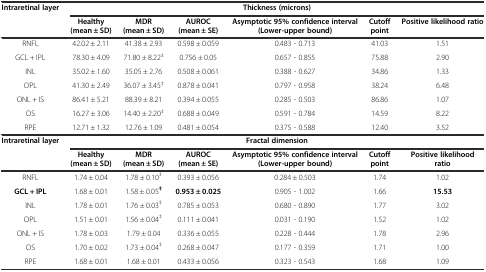
<table><thead><tr><td><b>Intraretinal layer</b></td><td colspan="6"><b>Thickness (microns)</b></td></tr><tr><td></td><td><b>Healthy (mean ± SD)</b></td><td><b>MDR (mean ± SD)</b></td><td><b>AUROC (mean ± SE)</b></td><td><b>Asymptotic 95% confidence interval (Lower-upper bound)</b></td><td><b>Cutoff point</b></td><td><b>Positive likelihood ratio</b></td></tr><tr><td><b>RNFL</b></td><td><b>42.02 ± 2.11</b></td><td><b>41.38 ± 2.93</b></td><td><b>0.598 ± 0.059</b></td><td><b>0.483 - 0.713</b></td><td><b>41.03</b></td><td><b>1.51</b></td></tr></thead><tbody><tr><td>GCL + IPL</td><td>78.30 ± 4.09</td><td>71.80 ± 8.22<sup>‡</sup></td><td>0.756 ± 0.05</td><td>0.657 - 0.855</td><td>75.88</td><td>2.90</td></tr><tr><td>INL</td><td>35.02 ± 1.60</td><td>35.05 ± 2.76</td><td>0.508 ± 0.061</td><td>0.388 - 0.627</td><td>34.86</td><td>1.33</td></tr><tr><td>OPL</td><td>41.30 ± 2.49</td><td>36.07 ± 3.45<sup>‡</sup></td><td>0.878 ± 0.041</td><td>0.797 - 0.958</td><td>38.24</td><td>6.48</td></tr><tr><td>ONL + IS</td><td>86.41 ± 5.21</td><td>88.39 ± 8.21</td><td>0.394 ± 0.055</td><td>0.285 - 0.503</td><td>86.86</td><td>1.07</td></tr><tr><td>OS</td><td>16.27 ± 3.06</td><td>14.40 ± 2.20<sup>‡</sup></td><td>0.688 ± 0.049</td><td>0.591 - 0.784</td><td>14.59</td><td>8.22</td></tr><tr><td>RPE</td><td>12.71 ± 1.32</td><td>12.76 ± 1.09</td><td>0.481 ± 0.054</td><td>0.375 - 0.588</td><td>12.40</td><td>3.52</td></tr><tr><td><b>Intraretinal layer</b></td><td colspan="6"><b>Fractal dimension</b></td></tr><tr><td></td><td><b>Healthy (mean ± SD)</b></td><td><b>MDR (mean ± SD)</b></td><td><b>AUROC (mean ± SE)</b></td><td><b>Asymptotic 95% confidence interval (Lower-upper bound)</b></td><td><b>Cutoff point</b></td><td><b>Positive likelihood ratio</b></td></tr><tr><td>RNFL</td><td>1.74 ± 0.04</td><td>1.78 ± 0.10<sup>‡</sup></td><td>0.393 ± 0.056</td><td>0.284 ± 0.503</td><td>1.74</td><td>1.02</td></tr><tr><td><b>GCL + IPL</b></td><td>1.68 ± 0.01</td><td>1.58 ± 0.05<sup><b>‡</b></sup></td><td><b>0.953 ± 0.025</b></td><td>0.905 - 1.002</td><td>1.66</td><td><b>15.53</b></td></tr><tr><td>INL</td><td>1.78 ± 0.01</td><td>1.76 ± 0.03<sup>‡</sup></td><td>0.785 ± 0.053</td><td>0.680 - 0.890</td><td>1.77</td><td>3.02</td></tr><tr><td>OPL</td><td>1.51 ± 0.01</td><td>1.56 ± 0.04<sup>‡</sup></td><td>0.111 ± 0.041</td><td>0.031 - 0.190</td><td>1.52</td><td>1.02</td></tr><tr><td>ONL + IS</td><td>1.78 ± 0.03</td><td>1.79 ± 0.04</td><td>0.336 ± 0.055</td><td>0.228 - 0.444</td><td>1.78</td><td>2.96</td></tr><tr><td>OS</td><td>1.70 ± 0.02</td><td>1.73 ± 0.04<sup>‡</sup></td><td>0.268 ± 0.047</td><td>0.177 - 0.359</td><td>1.71</td><td>1.00</td></tr><tr><td>RPE</td><td>1.68 ± 0.01</td><td>1.68 ± 0.01</td><td>0.433 ± 0.056</td><td>0.323 - 0.543</td><td>1.68</td><td>1.09</td></tr></tbody></table>